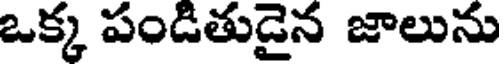
ఒక్క పండితుడైన జాలును